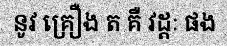
នូវ គ្រឿង ត គឺ វដ្តៈ ផង